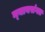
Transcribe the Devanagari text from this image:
न्‍यायसंगत